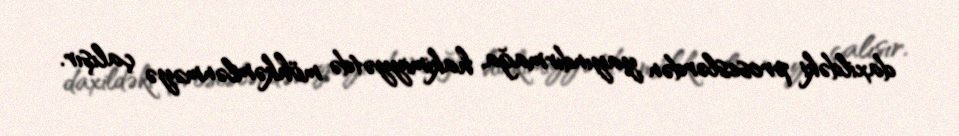
daxildəki proseslərdən yayındırmağa, hakimiyyətdə möhkəmlənməyə çalışır.